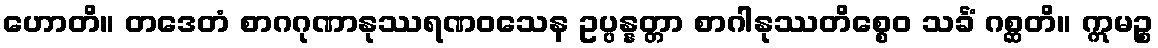
ဟောတိ။ တဒေတံ စာဂဂုဏာနုဿရဏဝသေန ဥပ္ပန္နတ္တာ စာဂါနုဿတိစ္စေဝ သင်္ခံ ဂစ္ဆတိ။ ဣမဉ္စ